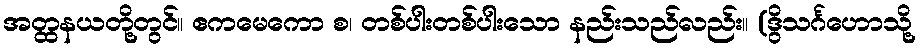
အတ္ထနယတို့တွင်။ ဧကမေကော စ၊ တစ်ပါးတစ်ပါးသော နည်းသည်လည်း။ (ဒွိသင်္ဂဟောသို့